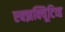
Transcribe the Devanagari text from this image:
एक्झक्यिूटिव्ह